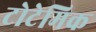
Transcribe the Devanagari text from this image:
टोटेमिक